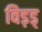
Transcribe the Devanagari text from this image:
विड़ड्